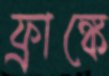
ফ্রাঙ্কে